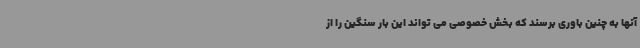
آنها به چنین باوری برسند که بخش خصوصی می تواند این بار سنگین را از